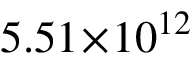
5 . 5 1 \! \times \! 1 0 ^ { 1 2 }